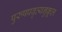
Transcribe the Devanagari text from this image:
पुरुषप्रवृत्यनुकूल